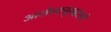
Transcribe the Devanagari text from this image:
आजेसासूबद्दलचे